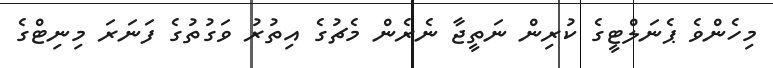
މިހެންވެ ޕެނަލްޓީގެ ކުރިން ނަތީޖާ ނެރެން މެޗުގެ އިތުރު ވަގުތުގެ ފަނަރަ މިނިޓްގެ